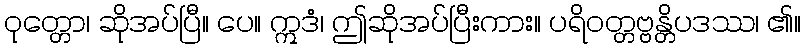
ဝုတ္တော၊ ဆိုအပ်ပြီ။ ပေ။ ဣဒံ၊ ဤဆိုအပ်ပြီးကား။ ပရိဝတ္တဗ္ဗန္တိပဒဿ၊ ၏။